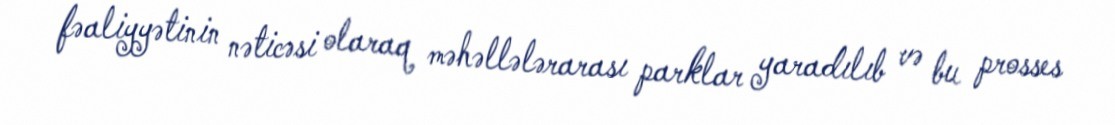
fəaliyyətinin nəticəsi olaraq məhəllələrarası parklar yaradılıb və bu prosses